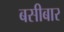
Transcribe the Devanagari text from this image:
बसीबार